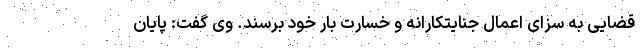
قضایی به سزای اعمال جنایتکارانه و خسارت بار خود برسند. وی گفت: پایان